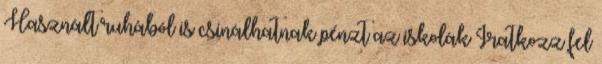
Használt ruhából is csinálhatnak pénzt az iskolák Iratkozz fel